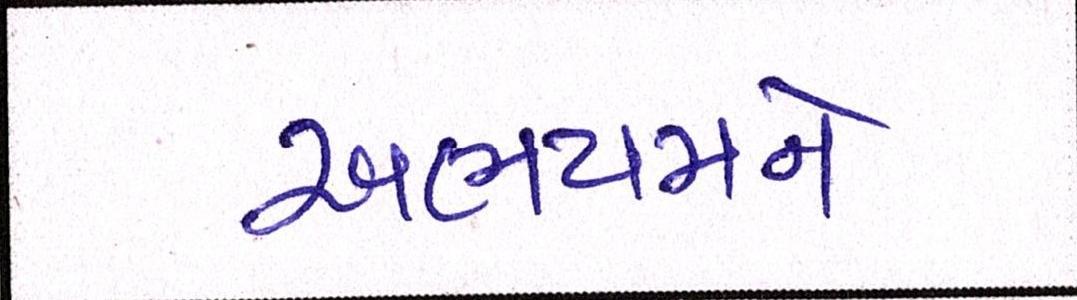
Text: અભયમને